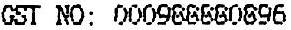
GST NO: 000988880896